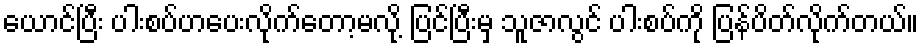
ယောင်ပြီး ပါးစပ်ဟပေးလိုက်တော့မလို့ ပြင်ပြီးမှ သူဇာလွင် ပါးစပ်ကို ပြန်ပိတ်လိုက်တယ်။